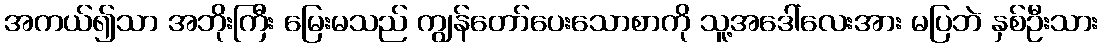
အကယ်၍သာ အဘိုးကြီး မြေးမသည် ကျွန်တော်ပေးသောစာကို သူ့အဒေါ်လေးအား မပြဘဲ နှစ်ဦးသား